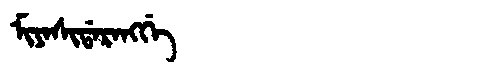
Manchu: ᠮᡳᠶᠠᠰᡳᡩᠠᡵᠠᠩᡤᡝ
Romanization: MIYASIDARANGGE